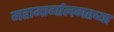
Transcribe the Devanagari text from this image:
महामार्गालगतच्या